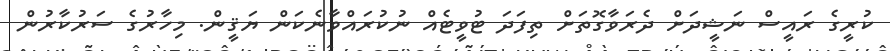
ކުރީގެ ރައީސް ނަޝީދަށް ދެރަވާގޮތަށް ތިފަދަ ޓުވީޓެއް ނުކުރައްވާނެކަން ޔަޤީން. މިހާރުގެ ސަރުކާރުން